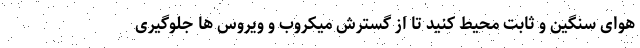
هوای سنگین و ثابت محیط کنید تا از گسترش میکروب و ویروس ها جلوگیری